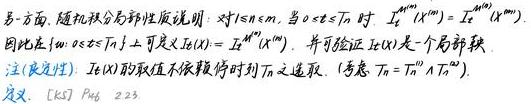
另一方面, 随机积分局部性质说明: 对 $1 \leq n \leq m$, 当 $0 \leq s \leq T$ 时 $I_{t \wedge T_{n}}^{(n)}(X^{(n)})=I_{t \wedge T_{n}}^{(m)}(X^{(m)})$. 因此在 $\{\omega: 0 \leq t \leq T_{0}\}$ 上可定义 $I_{t}(X):=I_{t \wedge T_{n}}^{(n)}(X^{(n)})$. 并可验证 $I_{t}(X)$ 是一个局部鞅.
注 (决定性): $I_{t}(X)$ 的取值不依赖停时列 $T_{n}$ 之选取. (考虑 $T_{n}=T_{n}^{(1)} \wedge T_{n}^{(2)}$ ).
定义. [KS] P4g 223